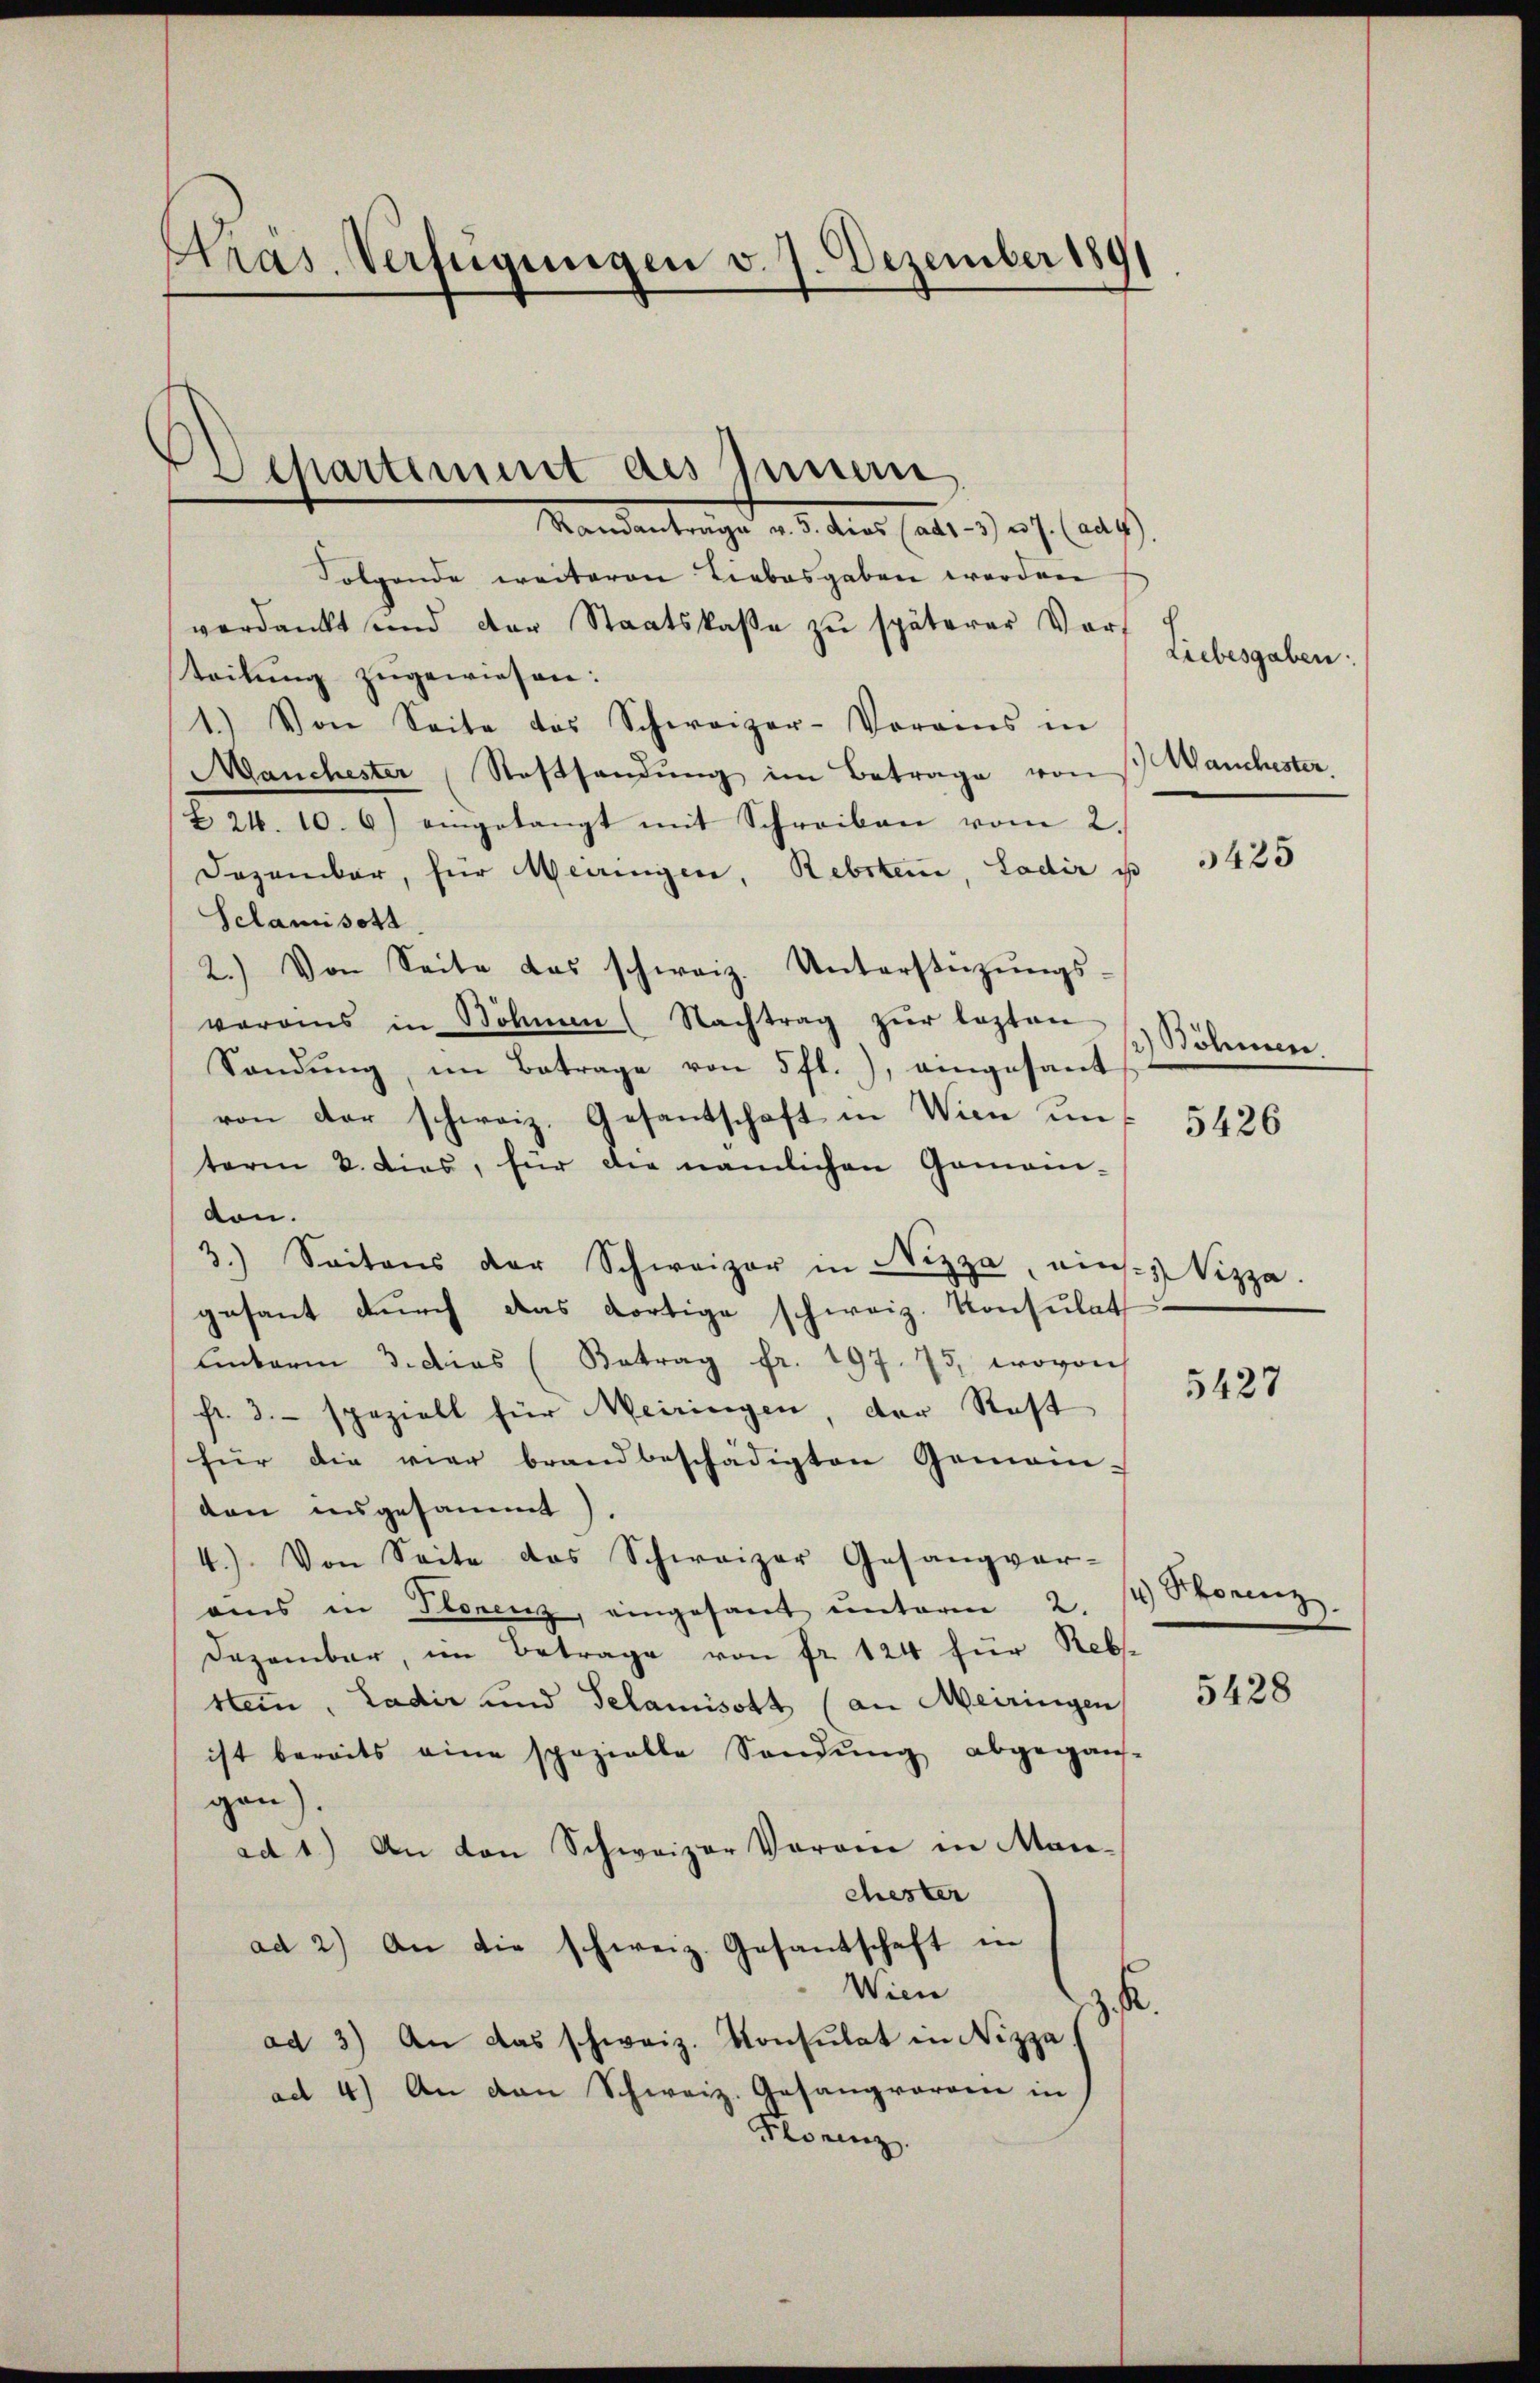
Kras-Verfügungen v. 7. Dezember 189

Departiment des Innern

Mandantrage aus des halt es als aus
Folgende weiteren Liebesgaben werden
verdankt und der Staatskasse zu späterer Vorteilung zugewiesen:
1.) Von Seite das Schweizer-Voraus in
Manchester Rasthandŭng im Betrage von
Z 24. 10. 6) eingelangt mit Schreiben vom 2.
Dozambar, für Meiringen, Rebsteri, Ladir ist
Sclamisott
2.) Von Seite das schweiz. Unterstützŭngs-
voraus in Böhmen (Nachtrag zŭr lezten
Sandung, im Betrage von 5 fl.), eingesant
von der schweiz. Gesantschaft in Wien und 5426
term 8. dies, für die nämlichen Gomani-
don.
3.) Seitens der Schweizer in Nizza, eins Vizza
gesant durch das dortige schweiz. Konsulat
Unterm 3. dies (Betrag fr. 197. 73, wovon
fr. 3. speziell für Meiringen, der Rest
für die vier brandbeschädigten Gemein-
don angesammt
4.) Von Seite das Schweizer Gesangver-
ams in Storenz, eingesant unterm 2.
Dezember, im Betrage von fr. 124 für Reb-
stein, Ladir und Selamisott (an Meiringen,
ist bereits eine spezielle Sandŭng abgegan-
gen)
ad 1.) An von Schweizer Voran in Manchester
ad 2.) An die schweiz. Gesantschaft in
Wien
.
ad 3) An das schweiz. Konsulat in Nizza
ad 4) An den Schweiz. Gesangvoran in
Florenz.

s. Manchester.

Liebesgaben:

3425

Böhmen

5427

1) Pforenz

5428